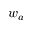
w _ { a }